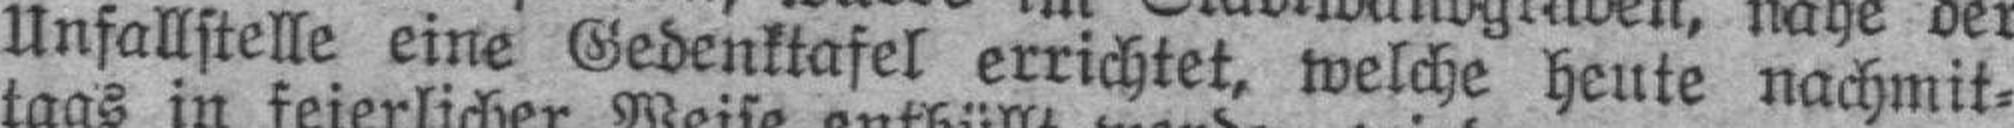
Unfallstelle eine Gedenktafel errichtet, welche heute nachmit¬